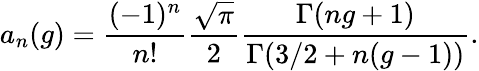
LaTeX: a_{n}(g)=\frac{(-1)^{n}}{n!}\frac{\sqrt{\pi}}{2}\frac{\Gamma(ng+1)}{\Gamma(3/2+n(g-1))}.